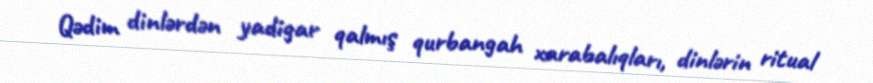
Qədim dinlərdən yadigar qalmış qurbangah xarabalıqları, dinlərin ritual